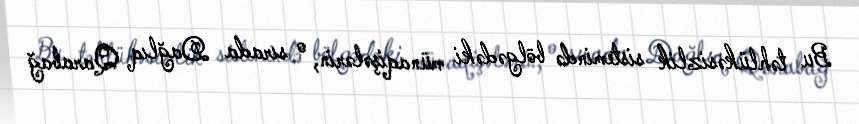
Bu təhlükəsizlik sistemində bölgədəki münaqişələrin, o sırada Dağlıq Qarabağ